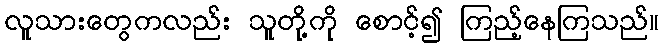
လူသားတွေကလည်း သူတို့ကို စောင့်၍ ကြည့်နေကြသည်။